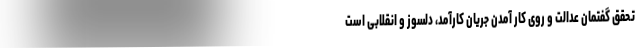
تحقق گفتمان عدالت و روی کار آمدن جریان کارآمد، دلسوز و انقلابی است